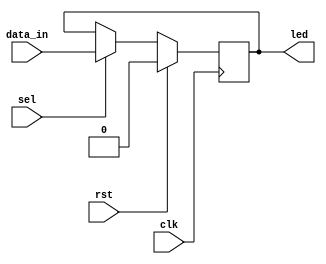
module xledprint (
		input 	    clk,
		input		rst,
		input 	    sel,
		input		data_in,
		output	reg		led
		);

 always @(posedge clk)
	if(rst)
		led <= 1'b0;
  else if(sel)
    led <=data_in;

endmodule